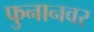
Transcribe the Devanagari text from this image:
फुनानवर